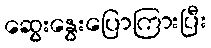
ဆွေးနွေးပြောကြားပြီး